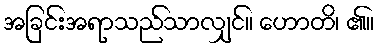
အခြင်းအရာသည်သာလျှင်။ ဟောတိ၊ ၏။